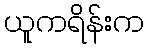
ယူကရိန်းက